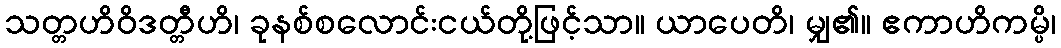
သတ္တဟိဝိဒတ္တီဟိ၊ ခုနစ်စလောင်းငယ်တို့ဖြင့်သာ။ ယာပေတိ၊ မျှ၏။ ဧကာဟိကမ္ပိ၊